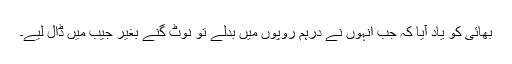
بھائی کو یاد آیا کہ جب انہوں نے درہم روپوں میں بدلے تو نوٹ گنے بغیر جیب میں ڈال لیے۔